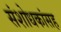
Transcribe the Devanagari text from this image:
संशोधकांसह